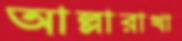
আল্লারাখা